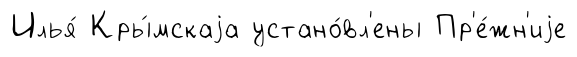
Илья́ Кры́мскаjа устано́вл'ены Пр'е́жн'иjе